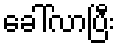
ခေါ်လာပြီး